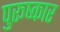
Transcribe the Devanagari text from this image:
पुरूष्कार